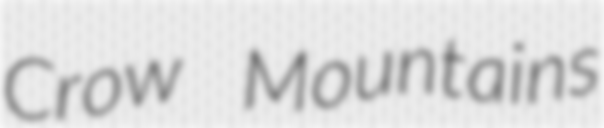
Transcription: Crow Mountains